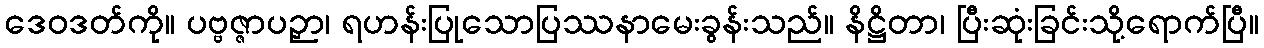
ဒေဝဒတ်ကို။ ပဗ္ဗဇ္ဇာပဉှာ၊ ရဟန်းပြုသောပြဿနာမေးခွန်းသည်။ နိဋ္ဌိတာ၊ ပြီးဆုံးခြင်းသို့ရောက်ပြီ။